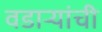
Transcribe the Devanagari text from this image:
वडार्‍यांची